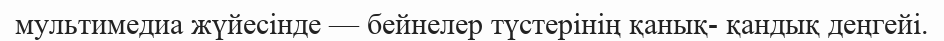
мультимедиа жүйесінде — бейнелер түстерінің қанық- қандық деңгейі.